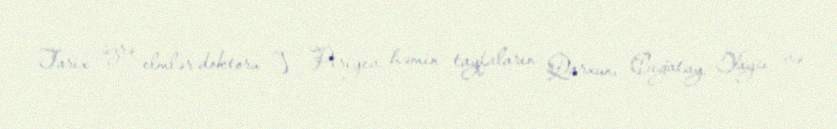
Tarix üzrə elmlər doktoru V. Piriyev həmin tayfaların Qarxun, Cığatay, Yaycı və